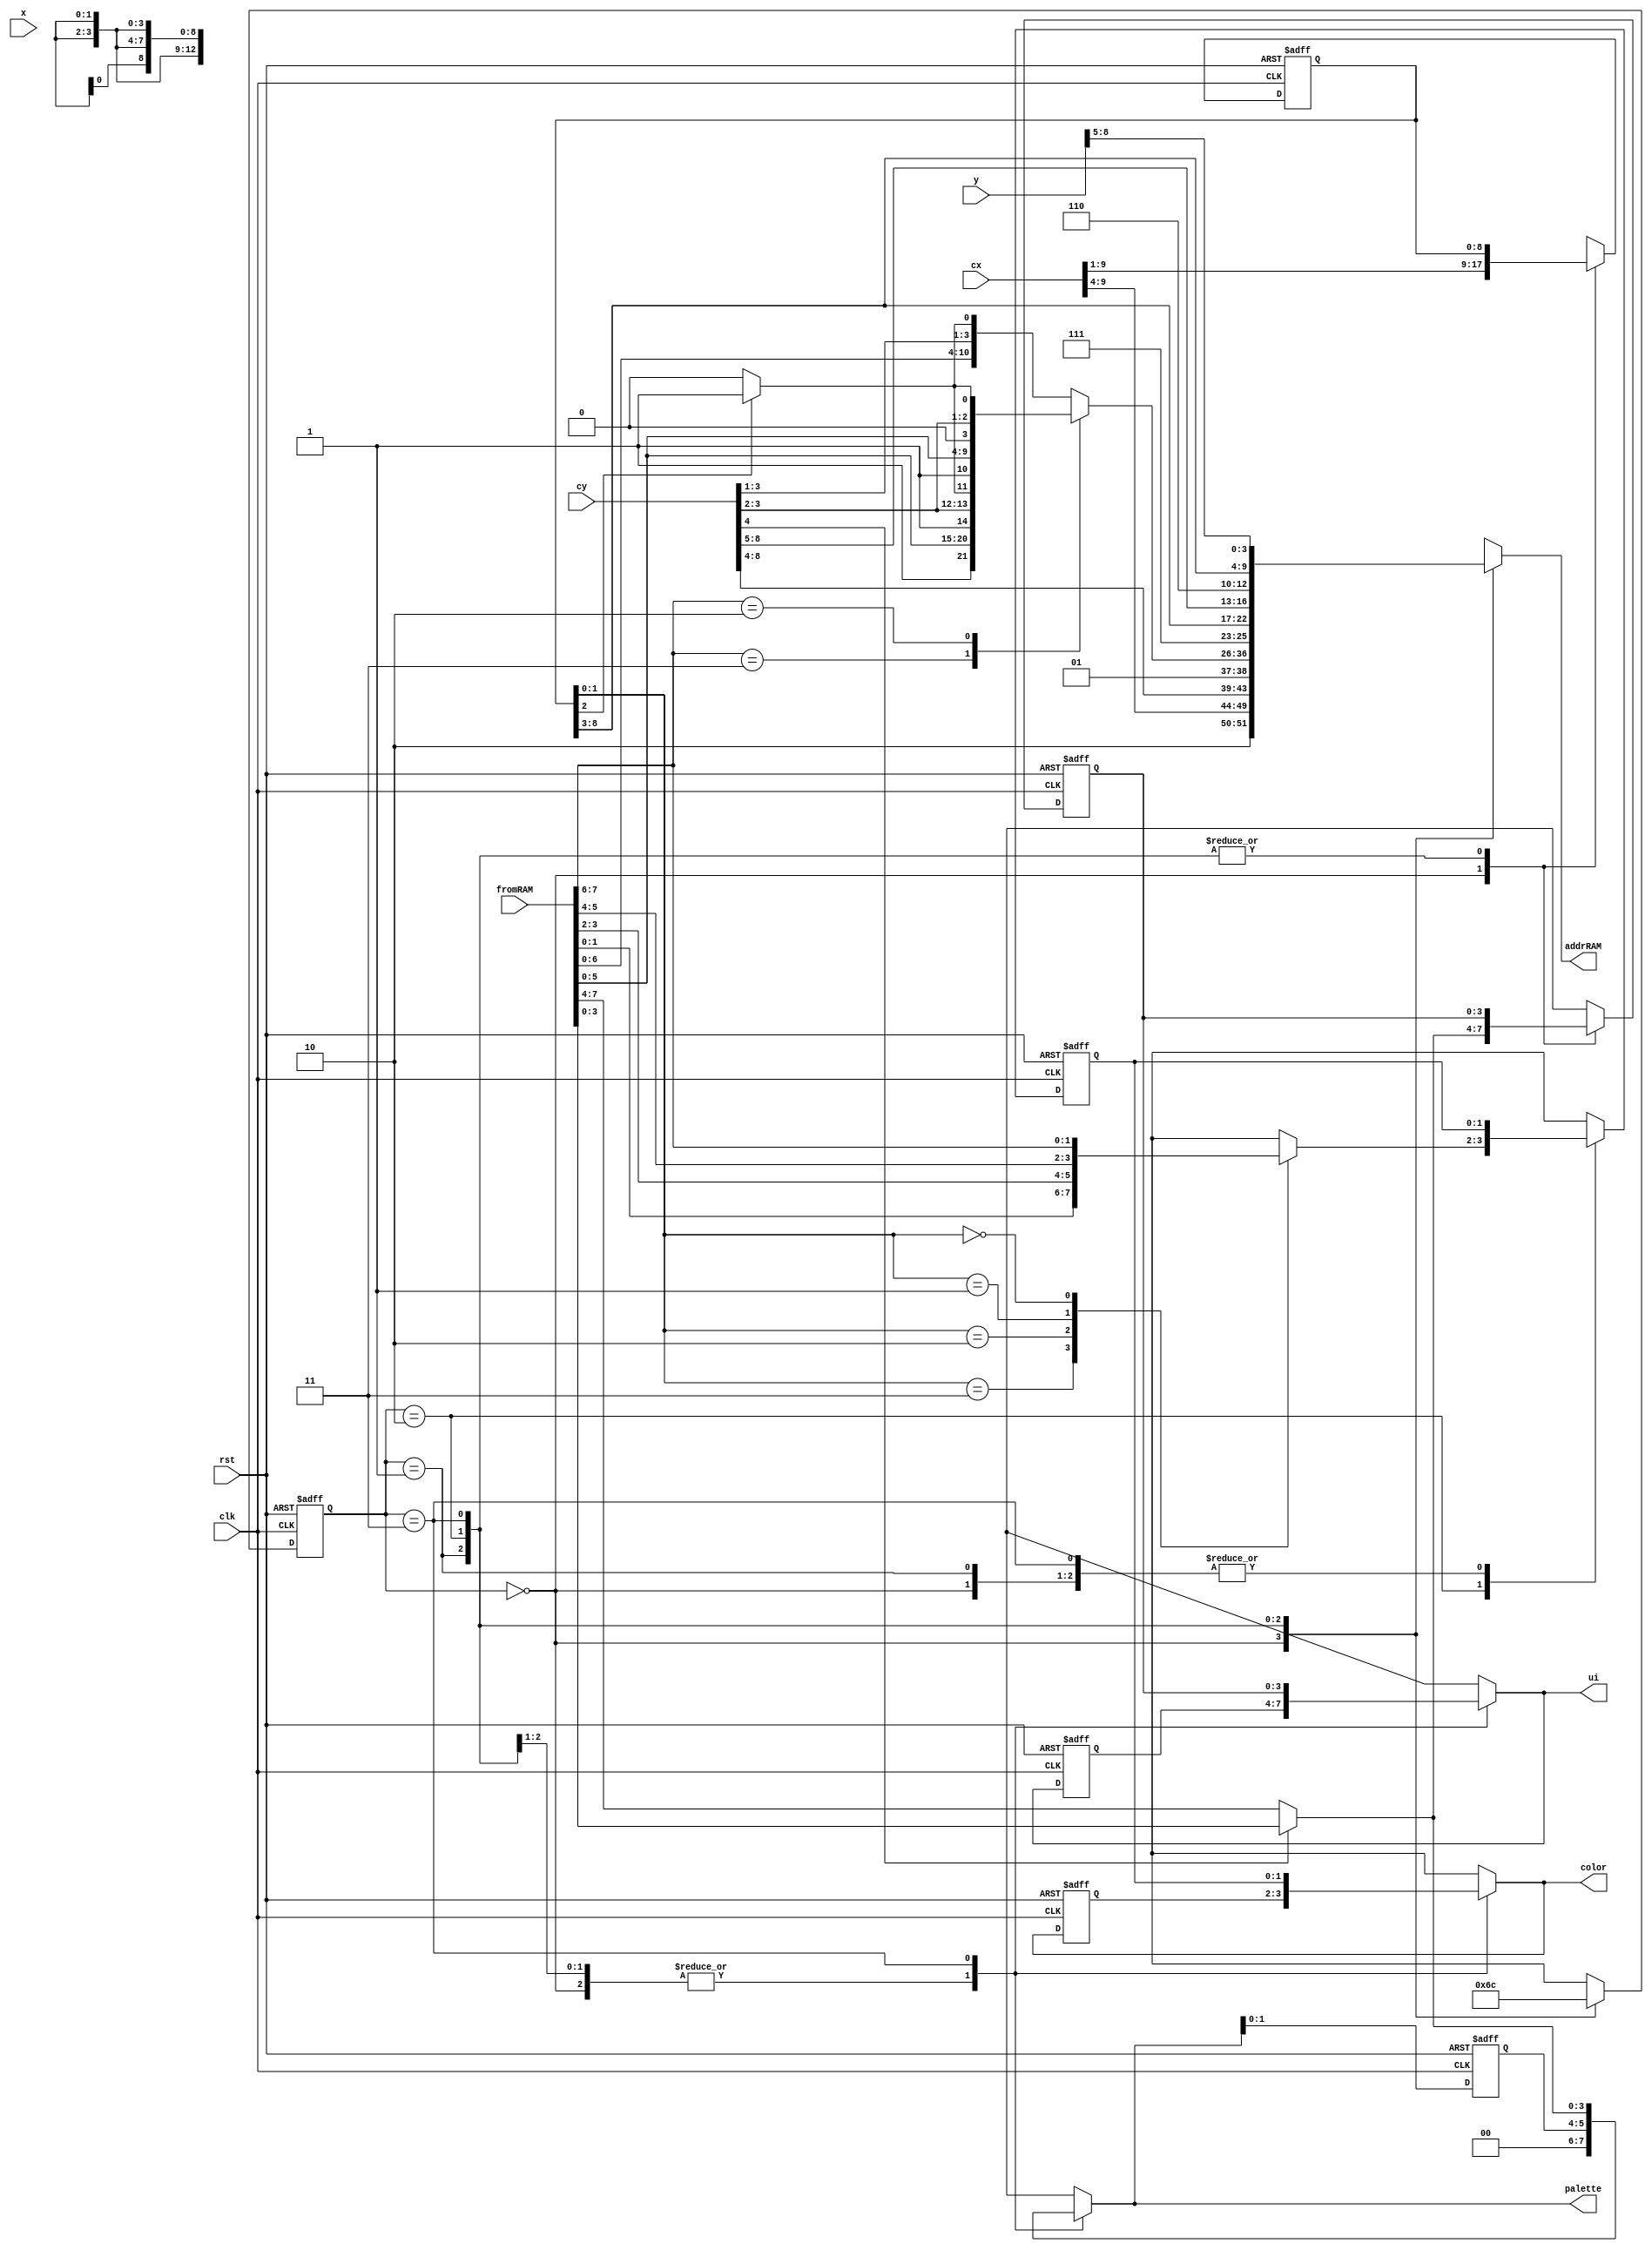



module bcgman(
	input clk,
	input rst,
	
	input[9:0] cx,
	input[8:0] cy,
	
	input[9:0] x,
	input[8:0] y,
	
	input[7:0] fromRAM,
	
	output reg[12:0] addrRAM,
	output reg[3:0] ui,
	
	output reg[1:0] color,
	output reg[3:0] palette
	
);

reg[1:0] f_s=0;
reg[1:0] s=0;

reg[1:0] f_color = 0;
reg[1:0] f_palette = 0;

reg[1:0] f_ncolor = 0;
reg[1:0] f_npalette = 0;

reg[1:0] ncolor = 0;
reg[3:0] npalette = 0;

reg[3:0] nui = 0;
reg[3:0] f_nui = 0;
reg[3:0] f_ui;

reg[8:0] ccx;
reg[8:0] f_ccx;

always@(posedge clk or posedge rst)begin
	if(rst)begin
		f_s <= 0;
		f_palette <= 0;
		f_color <= 0;

		f_ncolor <= 0;
		f_ccx <= 0;
		
		f_nui = 0;
		f_ui = 0;
	end else
	begin
		f_s <= s;
		f_palette <= palette;
		f_color <= color;

		f_ncolor <= ncolor;
		f_ccx <= ccx;
		
		f_nui = nui;
		f_ui = ui;
	end
end

always@(*)begin
	s = f_s;
	addrRAM = 0;
	
	palette = f_palette;
	color = f_color;
	
	ncolor = f_ncolor;
	
	nui = f_nui;
	ui = f_ui;
	
	ccx = f_ccx;
	
	case(f_s)
		0: begin
			addrRAM = {2'b10,cx[9:4],cy[8:4]};
			ccx = cx[9:1];
			
			if(cy[4]) nui = fromRAM[3:0];
			else nui = fromRAM[7:4]; 
			
			s=1;
		end
		
		1: begin
			 case(fromRAM[7:6])
				2'b11:
					if(f_ccx[2])
						addrRAM = {2'b01,1'b1,fromRAM[5:0],1'b1,cy[3:2],1'b1};
					else
						addrRAM = {2'b01,1'b1,fromRAM[5:0],1'b1,cy[3:2],1'b0};
				2'b10:
					if(f_ccx[2])
						addrRAM = {2'b01,1'b1,fromRAM[5:0],1'b0,cy[3:2] ,1'b1};
					else
						addrRAM = {2'b01,1'b1,fromRAM[5:0],1'b0,cy[3:2] ,1'b0};

				default:
					if(f_ccx[2])
						addrRAM = {2'b01,fromRAM[6:0],cy[3:1],1'b1};
					else
						addrRAM = {2'b01,fromRAM[6:0],cy[3:1],1'b0};
				
			 endcase
	
				
			s=2;
		end
		2: begin
			addrRAM = {3'b111,f_ccx[8:3],cy[8:5]};
			case(f_ccx[1:0])
			
				3: ncolor = fromRAM[1:0];
				2: ncolor = fromRAM[3:2];
				1: ncolor = fromRAM[5:4];
				0: ncolor = fromRAM[7:6];
				default:;
			endcase
			s=3;
		end
		3: begin
		
			addrRAM = {3'b110,f_ccx[8:3],y[8:5]};
		
			if(cy[4]) palette = fromRAM[3:0];
			else palette = fromRAM[7:4];
			
			ui = f_nui;
			color = f_ncolor;
			s=0;
		end
	endcase
end

endmodule

module paletteBcg(
	input clk,
	input rst,
	
	input[9:0] CounterX,
	input[8:0] CounterY,
	
	input[4:0] b1col1,
	input[4:0] b1col2,
	input[4:0] b1col3,
	input[4:0] b1col4,
	
	input[4:0] b2col1,
	input[4:0] b2col2,
	input[4:0] b2col3,
	input[4:0] b2col4,
	
	input[4:0] b3col1,
	input[4:0] b3col2,
	input[4:0] b3col3,
	input[4:0] b3col4,
	
	input[4:0] b4col1,
	input[4:0] b4col2,
	input[4:0] b4col3,
	input[4:0] b4col4,
	
	input[4:0] b5col1,
	input[4:0] b5col2,
	input[4:0] b5col3,
	input[4:0] b5col4,
	
	input[4:0] b6col1,
	input[4:0] b6col2,
	input[4:0] b6col3,
	input[4:0] b6col4,
	
	input[4:0] b7col1,
	input[4:0] b7col2,
	input[4:0] b7col3,
	input[4:0] b7col4,
	
	input[4:0] b8col1,
	input[4:0] b8col2,
	input[4:0] b8col3,
	input[4:0] b8col4,
	
	input[3:0] palette,
	
	input[1:0] col,
	
	output reg[4:0] pcol
	
);

always@(posedge clk)begin
	case(palette)
		0:	case(col)
				0: pcol <= b1col1;
				1: pcol <= b1col2;
				2: pcol <= b1col3;
				3: pcol <= b1col4;
			endcase
		1:	case(col)
				0: pcol <= b2col1;
				1: pcol <= b2col2;
				2: pcol <= b2col3;
				3: pcol <= b2col4;
			endcase
		2:	case(col)
				0: pcol <= b3col1;
				1: pcol <= b3col2;
				2: pcol <= b3col3;
				3: pcol <= b3col4;
			endcase
		3:	case(col)
				0: pcol <= b4col1;
				1: pcol <= b4col2;
				2: pcol <= b4col3;
				3: pcol <= b4col4;
			endcase
		4:	case(col)
				0: pcol <= b5col1;
				1: pcol <= b5col2;
				2: pcol <= b5col3;
				3: pcol <= b5col4;
			endcase
		5:	case(col)
				0: pcol <= b6col1;
				1: pcol <= b6col2;
				2: pcol <= b6col3;
				3: pcol <= b6col4;
			endcase
		6:	case(col)
				0: pcol <= b7col1;
				1: pcol <= b7col2;
				2: pcol <= b7col3;
				3: pcol <= b7col4;
			endcase
		7:	case(col)
				0: pcol <= b8col1;
				1: pcol <= b8col2;
				2: pcol <= b8col3;
				3: pcol <= b8col4;
			endcase
		default:;
		endcase
end

endmodule